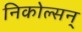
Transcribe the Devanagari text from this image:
निकोल्सन्‌